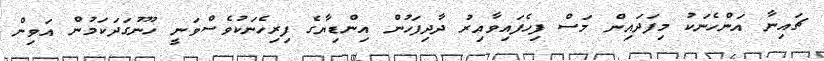
ޗައިނާ އަންހެނަކު މިފަދައިން މަސް ފިހެފައިވާއިރު ދާދިފަހުން އިންޑިޔާގެ ފިރިހެނަކުވެސްވަނީ ހޫނުގަދަކަމުން އަވިން